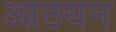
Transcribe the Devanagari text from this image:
आठयन